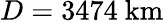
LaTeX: D=3474{\mathrm{~km}}